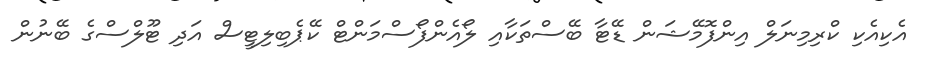
އެކިއެކި ކްރިމިނަލް އިންފޮމޭޝަން ޑޭޓާ ބޭސްތަކާއި ލޯއެންފޯސްމަންޓް ކޭޕެބިލިޓީސް އަދި ޓޫލްސްގެ ބޭނުން